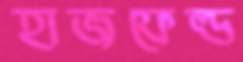
হাজফেল্ড